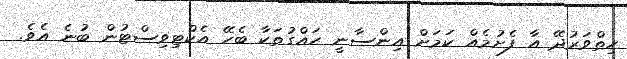
ހިތްވަރުދޭ އާ ފެށުމެއް ކަމަށް އިންސާނީ ހައްގުތަކާ ބެހޭ އެކްޓިވިސްޓުން ބުނެ އެވެ.